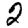
Digit: 2